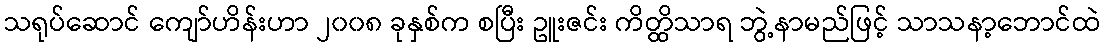
သရုပ်ဆောင် ကျော်ဟိန်းဟာ ၂၀၀၈ ခုနှစ်က စပြီး ဥူးဇင်း ကိတ္ထိသာရ ဘွဲ့နာမည်ဖြင့် သာသနာ့ဘောင်ထဲ